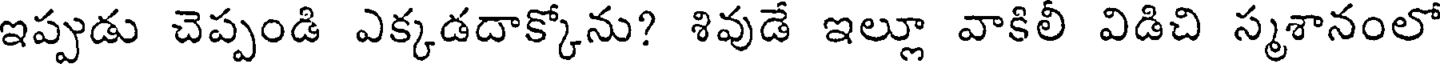
ఇప్పుడు చెప్పండి ఎక్కడదాక్కోను? శివుడే ఇల్లూ వాకిలీ విడిచి స్మశానంలో